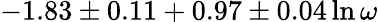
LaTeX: -1.83\pm 0.11+0.97\pm 0.04\ln\omega